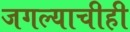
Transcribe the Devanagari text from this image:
जगल्याचीही